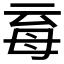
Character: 𣫱